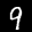
Label: 9